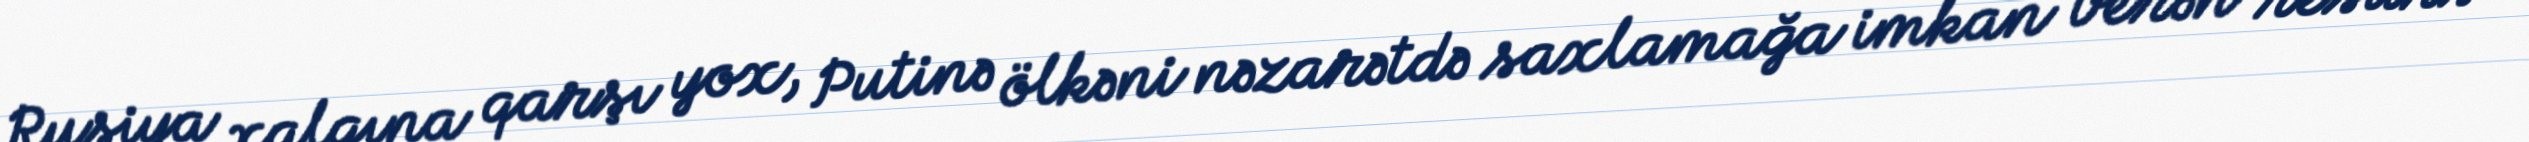
Rusiya xalqına qarşı yox, Putinə ölkəni nəzarətdə saxlamağa imkan verən resurs